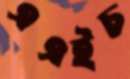
এএইচ